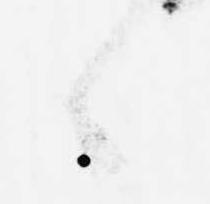
之